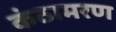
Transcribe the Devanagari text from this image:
कंठामरण